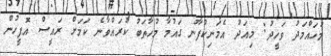
މުހައްމަދު ވަހީދު: މިއަދު އެމަނިކުފާނު ގައުމާ މުހާތަބު ކުރައްވާނެ ކަމަށް ރައީސް އޮފީހުން